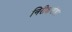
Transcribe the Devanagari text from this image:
निरीक्षणेही